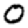
Digit: 0